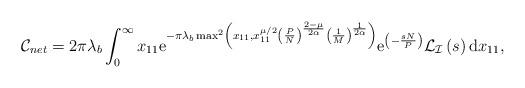
LaTeX: \begin{align*} \mathcal{C}_{net} = 2\pi\lambda_{b}\int_{0}^{\infty}x_{11}\mathrm{e}^{-\pi\lambda_{b}\max^{2}\left(x_{11},x_{11}^{\mu/2}\left(\frac{P}{N}\right)^{\frac{2-\mu}{2\alpha}}\left(\frac{1}{M}\right)^{\frac{1}{2\alpha}}\right)}\mathrm{e}^{\left(-\frac{sN}{P}\right)}\mathbb{\mathcal{L_{I}}}\left(s\right)\mathrm{d}x_{11},\end{align*}